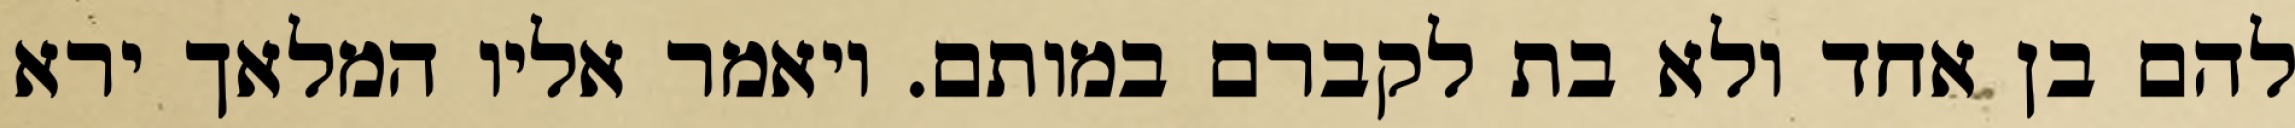
להם בן אחד ולא בת לקברם במותם. ויאמר אליו המלאך ירא